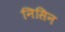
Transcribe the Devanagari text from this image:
निसिन